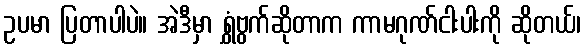
ဥပမာ ပြတာပါပဲ။ အဲဒီမှာ ရွှံဗွက်ဆိုတာက ကာမဂုဏ်ငါးပါးကို ဆိုတယ်၊